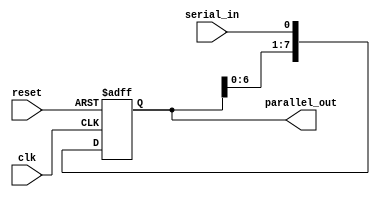
module serial_in_parallel_out (
    input wire clk,           // Clock input
    input wire reset,         // Reset signal
    input wire serial_in,     // Serial input data
    output reg [7:0] parallel_out // Parallel output data
);

reg [7:0] shift_reg;  // Shift register to store data

always @(posedge clk or posedge reset) begin
    if (reset) begin
        shift_reg <= 8'b0;  // Reset the shift register
    end else begin
        shift_reg <= {shift_reg[6:0], serial_in}; // Shift in serial data
    end
end

assign parallel_out = shift_reg;  // Output the stored data in parallel

endmodule